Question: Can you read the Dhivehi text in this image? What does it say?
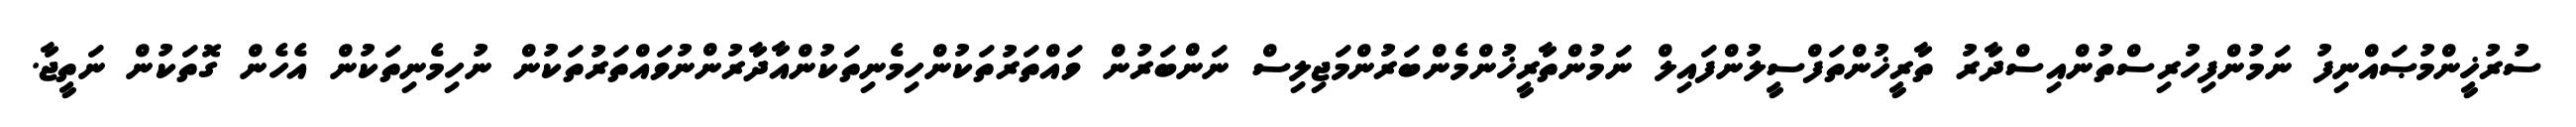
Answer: ސުރުޚީންމުޞައްނިފު ނަމުންފިހުރިސްތުންއިސްދާރު ތާރީޚުންތަފްސީލުންފައިލް ނަމުންތާރީޚުންމެންބަރުންމަޖިލިސް ނަންބަރުން ވައްތަރުތަކުންހިމެނިތަކުންއާދާރުންނުވައްތަރުތަކުން ނުހިމެނިތަކުން އެހެން ގޮތަކުން ނަތީޖާ.